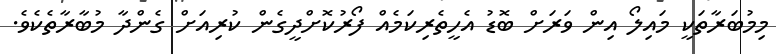
މިމުބަރާތަކީ މައިލޯ އިން ވަރަށް ބޮޑު އެހީތެރިކަމެއް ފޯރުކޮށްދީގެން ކުރިއަށް ގެންދާ މުބާރާތެކެވެ.